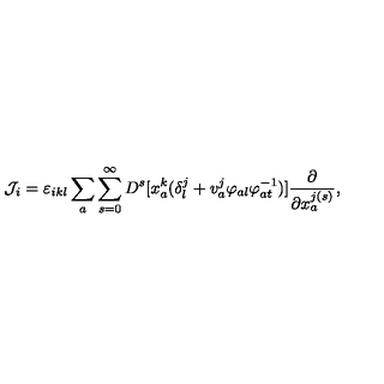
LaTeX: { \cal J } _ { i } = \varepsilon _ { i k l } \sum _ { a } \sum _ { s = 0 } ^ { \infty } D ^ { s } [ x _ { a } ^ { k } ( \delta _ { l } ^ { j } + v _ { a } ^ { j } \varphi _ { a l } \varphi _ { a t } ^ { - 1 } ) ] \frac { \partial } { \partial x _ { a } ^ { j ( s ) } } ,